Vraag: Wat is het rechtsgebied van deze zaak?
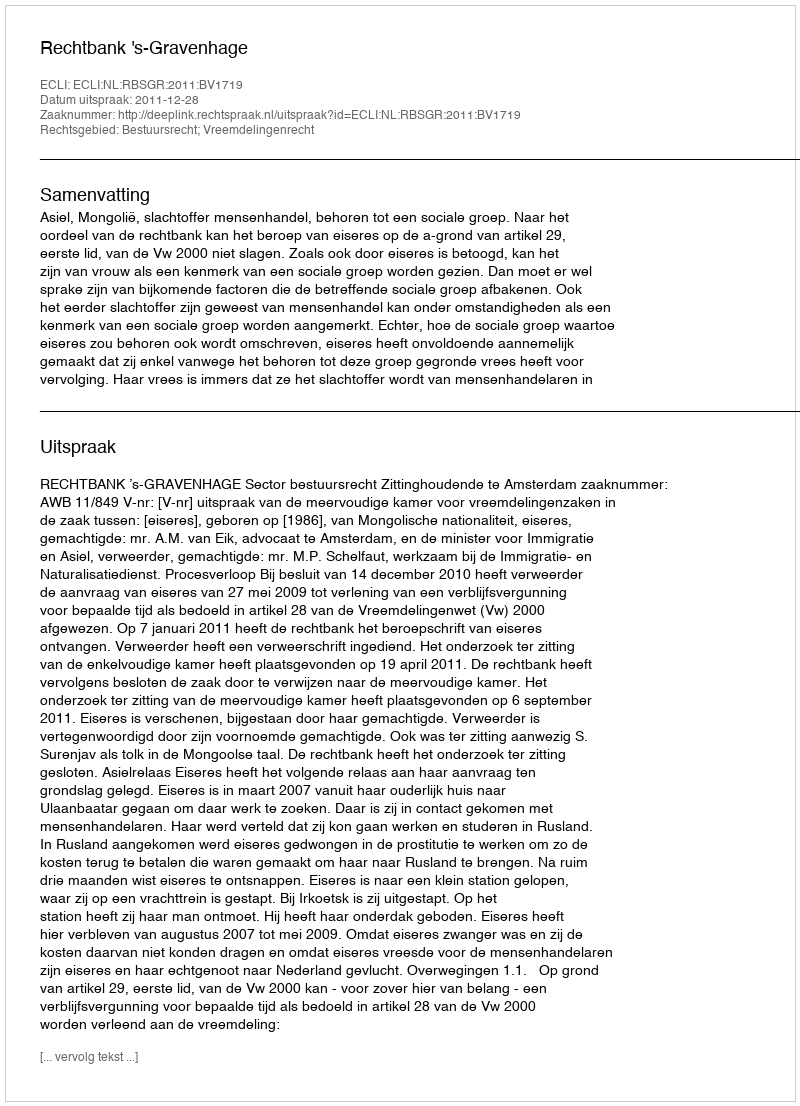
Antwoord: Bestuursrecht; Vreemdelingenrecht